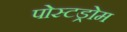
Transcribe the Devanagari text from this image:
पोस्टड्रोम